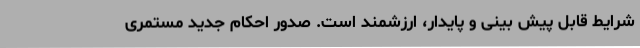
شرایط قابل پیش بینی و پایدار، ارزشمند است. صدور احکام جدید مستمری